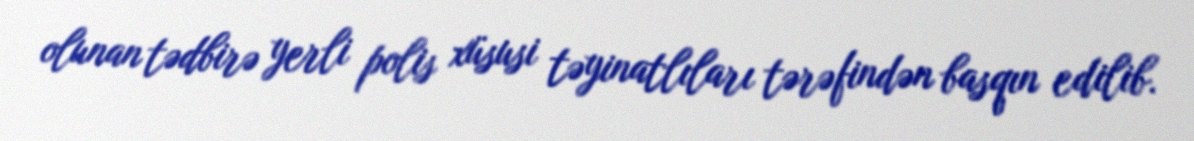
olunan tədbirə yerli polis xüsusi təyinatlıları tərəfindən basqın edilib.